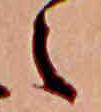
え